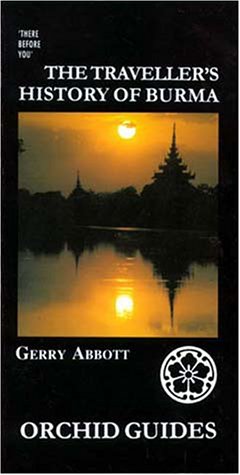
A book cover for The Traveller's History of Burma (Orchid Guides); Gerry Abbott; Travel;